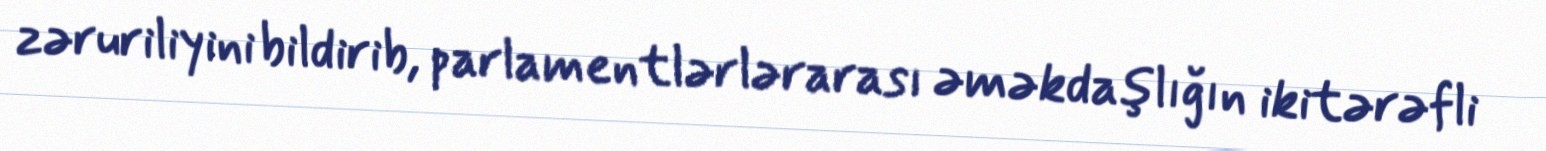
zəruriliyini bildirib, parlamentlərlərarası əməkdaşlığın ikitərəfli